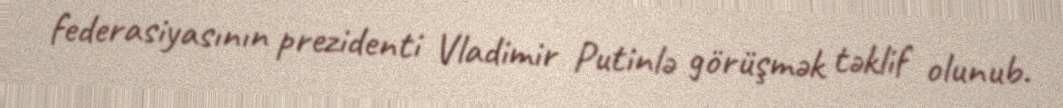
federasiyasının prezidenti Vladimir Putinlə görüşmək təklif olunub.